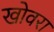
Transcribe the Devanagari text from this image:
खोवरा